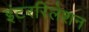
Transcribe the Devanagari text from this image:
इंटररिलेशन